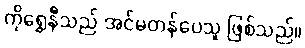
ကိုရွှေနီသည် အင်မတန်ပေသူ ဖြစ်သည်။